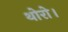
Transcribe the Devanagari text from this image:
थोरो।